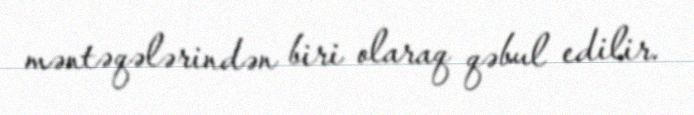
məntəqələrindən biri olaraq qəbul edilir.